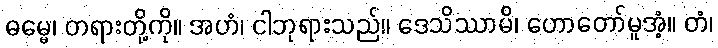
ဓမ္မေ၊ တရားတို့ကို။ အဟံ၊ ငါဘုရားသည်။ ဒေသိဿာမိ၊ ဟောတော်မူအံ့။ တံ၊